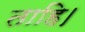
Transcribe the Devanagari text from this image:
ताहि।